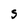
Character: S